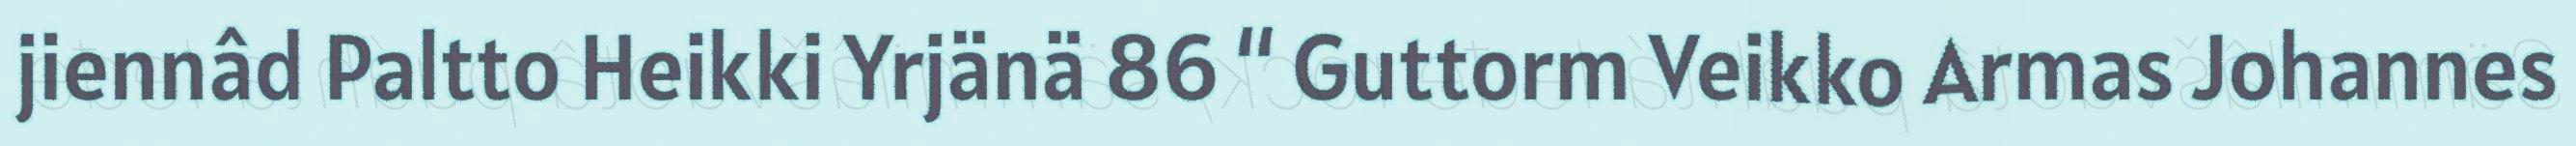
jiennâd Paltto Heikki Yrjänä 86 “ Guttorm Veikko Armas Johannes